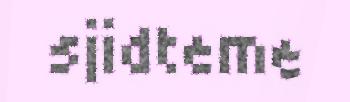
sjidteme